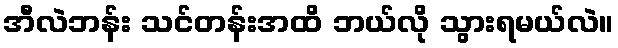
အီလဲဘန်း သင်တန်းအထိ ဘယ်လို သွားရမယ်လဲ။